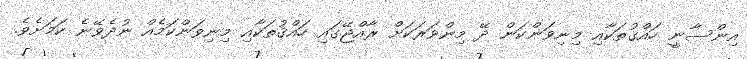
އިންސާނީ ހައްޤުތަކާއި މިނިވަންކަން ދޭ މިންވަރަކަށް ރާއްޖޭގައި ހައްޤުތަކާއި މިނިވަންކަމެއް ނުދެވޭނެ ކަމަށެވެ.